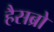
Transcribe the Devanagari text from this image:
हैसब्रो